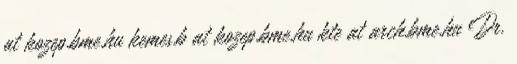
at kozep.bme.hu kemes.b at kozep.bme.hu kte at arch.bme.hu Dr.